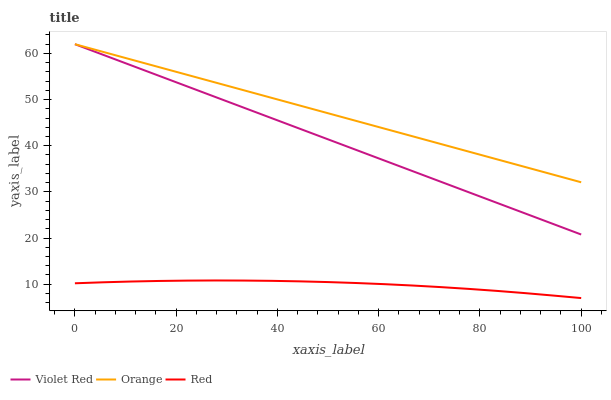
| xaxis_label | Violet Red | Orange | Red |
 | --- | --- | --- | --- |
 | 0 | 62 | 62 | 10.2 |
 | 5.56 | 59.7 | 60.3 | 10.4 |
 | 11.1 | 57.4 | 58.7 | 10.6 |
 | 16.7 | 55.1 | 57 | 10.7 |
 | 22.2 | 52.8 | 55.4 | 10.8 |
 | 27.8 | 50.5 | 53.7 | 10.8 |
 | 33.3 | 48.3 | 52 | 10.8 |
 | 38.9 | 46 | 50.4 | 10.7 |
 | 44.4 | 43.7 | 48.7 | 10.6 |
 | 50 | 41.4 | 47 | 10.5 |
 | 55.6 | 39.1 | 45.4 | 10.3 |
 | 61.1 | 36.8 | 43.7 | 10 |
 | 66.7 | 34.5 | 42.1 | 9.72 |
 | 72.2 | 32.2 | 40.4 | 9.38 |
 | 77.8 | 29.9 | 38.7 | 8.99 |
 | 83.3 | 27.6 | 37.1 | 8.56 |
 | 88.9 | 25.4 | 35.4 | 8.08 |
 | 94.4 | 23.1 | 33.7 | 7.55 |
 | 100 | 20.8 | 32.1 | 7 |